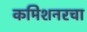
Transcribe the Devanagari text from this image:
कमिशनरचा